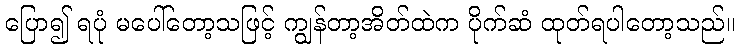
ပြော၍ ရပုံ မပေါ်တော့သဖြင့် ကျွန်တာ့အိတ်ထဲက ပိုက်ဆံ ထုတ်ရပါတော့သည်။